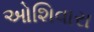
ઓશિવારા